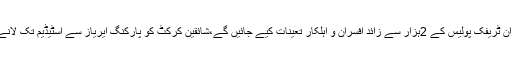
انہوںنے کہا کہ ون ڈے سیریز کے دوران ٹریفک پولیس کے 2ہزار سے زائد افسران و اہلکار تعینات کیے جائیں گے،شائقین کرکٹ کو پارکنگ ایریاز سے اسٹیڈیم تک لانے کے لیے شٹل سروس چلائی جائے گی۔